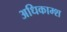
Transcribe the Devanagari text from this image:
अधिकाम्श